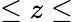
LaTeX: \leq z\leq